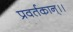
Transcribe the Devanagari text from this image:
प्रवर्तकान्।।